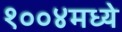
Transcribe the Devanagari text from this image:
१००४मध्ये